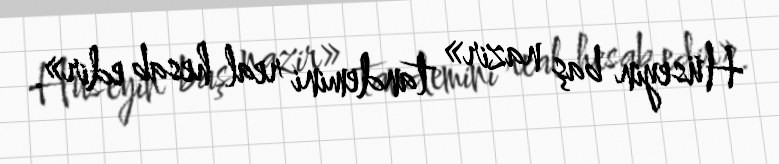
Hüseyin baş nazir» tandemini real hesab edir».